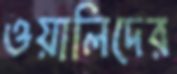
ওয়ালিদের